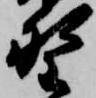
野